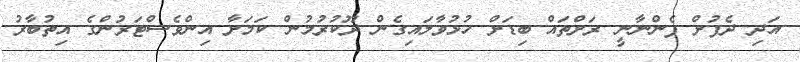
އަދި ދެފުށް ފެންނާނީ ރަށްތައް ބިޑަށް ހުޅުވާލައިގެން ދޫކުރުމުން ކަމަށާ އިންވެސްޓަރުންގެ އިތުބާރު